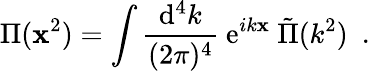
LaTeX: {\Pi}(\mathbf{x}^{2})=\int{\frac{{\mathrm{{d}}^{4}k}}{{(2\pi)^{4}}}}\ \mathrm{{e}}^{ik\mathbf{x}}\ \tilde{{\Pi}}(k^{2})\ \ .